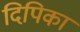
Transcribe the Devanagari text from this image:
दिपिका